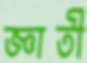
জ্ঞাতী